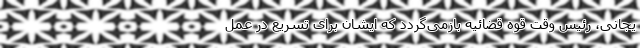
یجانی، رئیس وقت قوه قضائیه بازمی‌گردد که ایشان برای تسریع در عمل